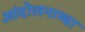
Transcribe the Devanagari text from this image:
आंदोलनाम्चा